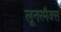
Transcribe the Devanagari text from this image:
लूनरमैक्स